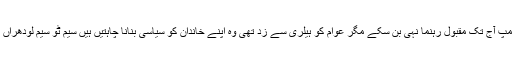
ڈونلڈ ٹرمپ آج تک مقبول رہنما نہی بن سکے مگر عوام کو ہیلری سے زد تھی وہ اپنے خاندان کو سیاسی بنانا چاہتیں ہیں سیم ٹو سیم لودھراں میں ہوا ۔